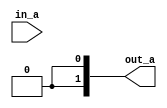
module MOD_NR_CASX (in_a,out_a);
   input [1:0] in_a;
   output [1:0] out_a;

   function func_a;
      input [1:0] port_a;
      reg reg_a; 
      begin
         casex(reg_a)
         1'b0: port_a = 2'b00;
         1'b1: port_a = 2'b10;
         1'bx: port_a = 2'b01;
         1'bz: port_a = 2'b11;
      endcase
   end
endfunction

assign out_a = func_a (in_a);
endmodule